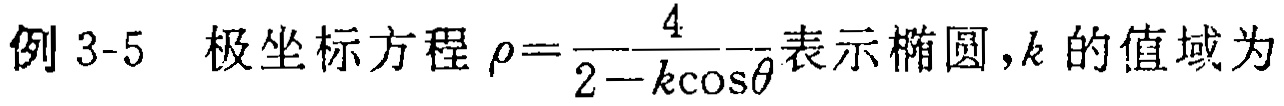
例 3-5 极坐标方程 $\rho=\frac{4}{2 - k\cos\theta}$ 表示椭圆，$k$ 的值域为